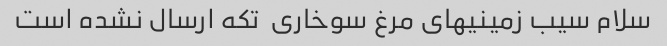
سلام سیب زمینیهای مرغ سوخاری  تکه ارسال نشده است